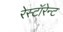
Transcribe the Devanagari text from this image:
रेस्टॉरेन्ट